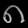
Digit: ၈